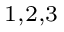
^ { 1 , 2 , 3 }